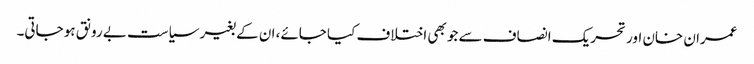
عمران خان اور تحریک انصاف سے جو بھی اختلاف کیا جائے، ان کے بغیر سیاست بے رونق ہو جاتی۔